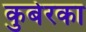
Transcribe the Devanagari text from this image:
कुबेरका